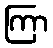
ကြာ